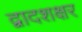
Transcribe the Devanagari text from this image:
द्वादशक्षर